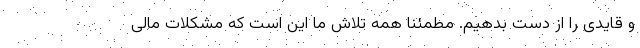
و قایدی را از دست بدهیم. مطمئنا همه تلاش ما این است که مشکلات مالی